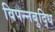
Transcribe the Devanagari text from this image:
विपन्नबुद्धि